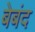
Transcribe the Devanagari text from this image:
बेबंद